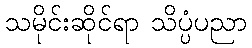
သမိုင်းဆိုင်ရာ သိပ္ပံပညာ